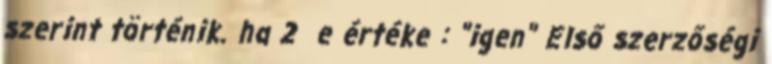
szerint történik. ha 2 e értéke : "igen" Első szerzőségi